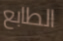
الطابع